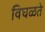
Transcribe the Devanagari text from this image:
विघळते